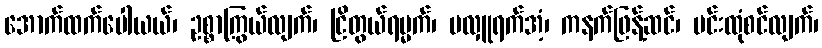
အောက်ထက်ပေါယယ်၊ ဥစ္စာကြွယ်လျက်၊ ငြိတွယ်ရမ္မက်၊ မလှူရက်အံ့၊ ကနက်ဖြန့်ဆင်၊ မင်းထုံစင်လျက်၊